Report on certain features of malaria in the island of Salsette
Disease focus: Malaria
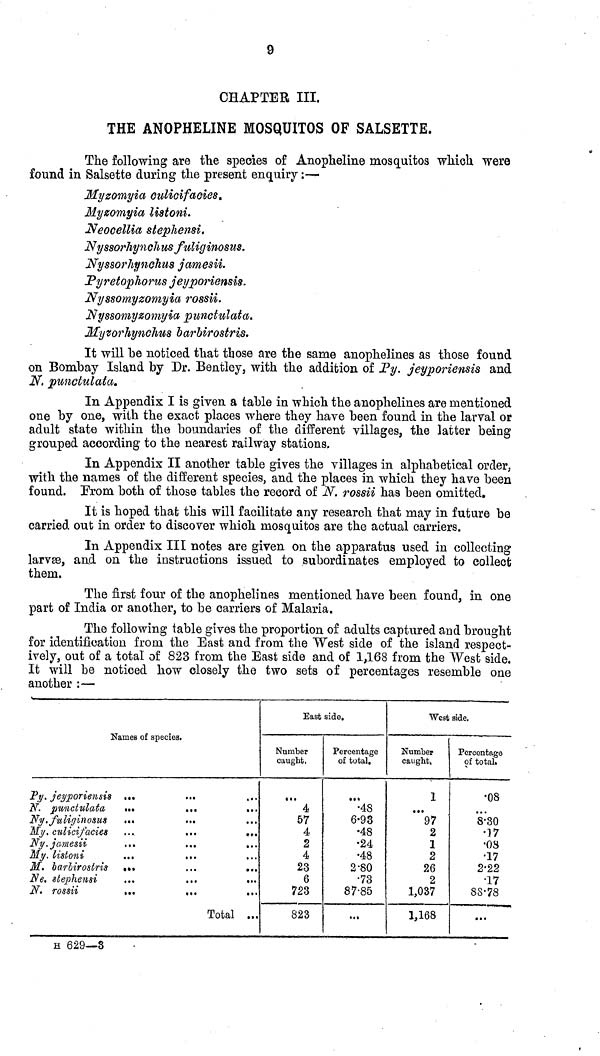
9
CHAPTER III.
THE ANOPHELINE MOSQUITOS OF SALSETTE.
The following are the species of Anopheline mosquitos which were
found in Salsette during the present enquiry;—
Myzomyia culicifacies.
Myzomyia listoni.
Neocellia stepliensi.
Nyssorhynchus us fuliginosus.
Nyssorhynchus jamesii.
Pyretophorus jeyporiensis.
Nyssomyzomyia rossii.
Nyssomyzomyia punctulata.
Myvorhynchus barbirostris.
It will he noticed that those are the same anophelines as those found
on Bombay Island by Dr. Bentley, with the addition of Py. jeyporiensis and
N. punctulata.
In Appendix I is given a table in which the anophelines are mentioned
one by one, with the exact places where they have been found in the larval or
adult state within the boundaries of the different villages, the latter being
grouped according to the nearest railway stations.
In Appendix II another table gives the villages in alphabetical order,
with the names of the different species, and the places in which they have been
found. From both of those tables the record of N. rossii has been omitted.
It is hoped that this will facilitate any research that may in future be
carried out in order to discover which mosquitos are the actual carriers.
In Appendix III notes are given on the apparatus used in collecting
larvæ, and on the instructions issued to subordinates employed to collect
them.
The first four of the anophelines mentioned have been found, in one
part of India or another, to be carriers of Malaria.
The following table gives the proportion of adults captured and brought
for identification from the East and from the West side of the island respect-
ively, out of a total of 823 from the East side and of 1,168 from the West side.
It will be noticed how closely the two sets of percentages resemble one
another :—
Names of species.
Py. jeyporiensis
N. punctulata
Ny . fuliginosus
My.
culicifacies
Ny. jamesii
My, listoni
M. barbirostris
Ne. stephensi
N. rossii
Total ...
East side.
Number
caught.
...
4
57
4
2
4
23
6
723
823
Percentage
of total.
•48
6•93
•48
•24
•48
2•80
•73
87•85
...
West side.
Number
caught.
1
...
97
2
1
2
26
2
1,037
1,168
Percentage
of total.
•08
...
8•30
•17
•03
•17
2•22
•17
88•78
...
H 629—3